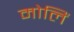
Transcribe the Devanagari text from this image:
मोलिं